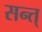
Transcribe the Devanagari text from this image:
सन्त्